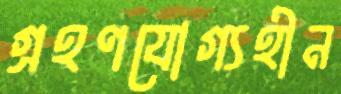
গ্রহণযোগ্যহীন